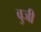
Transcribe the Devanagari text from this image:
वुजी